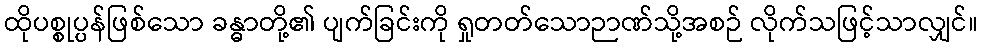
ထိုပစ္စုပ္ပန်ဖြစ်သော ခန္ဓာတို့၏ ပျက်ခြင်းကို ရှုတတ်သောဉာဏ်သို့အစဉ် လိုက်သဖြင့်သာလျှင်။